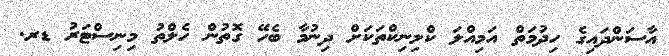
އާސަންދައިގެ ހިދުމަތް އަމިއްލަ ކްލިނިކްތަކަށް ދިނުމާ ބެހޭ ގޮތުން ހެލްތު މިނިސްޓަރު ޑރ.